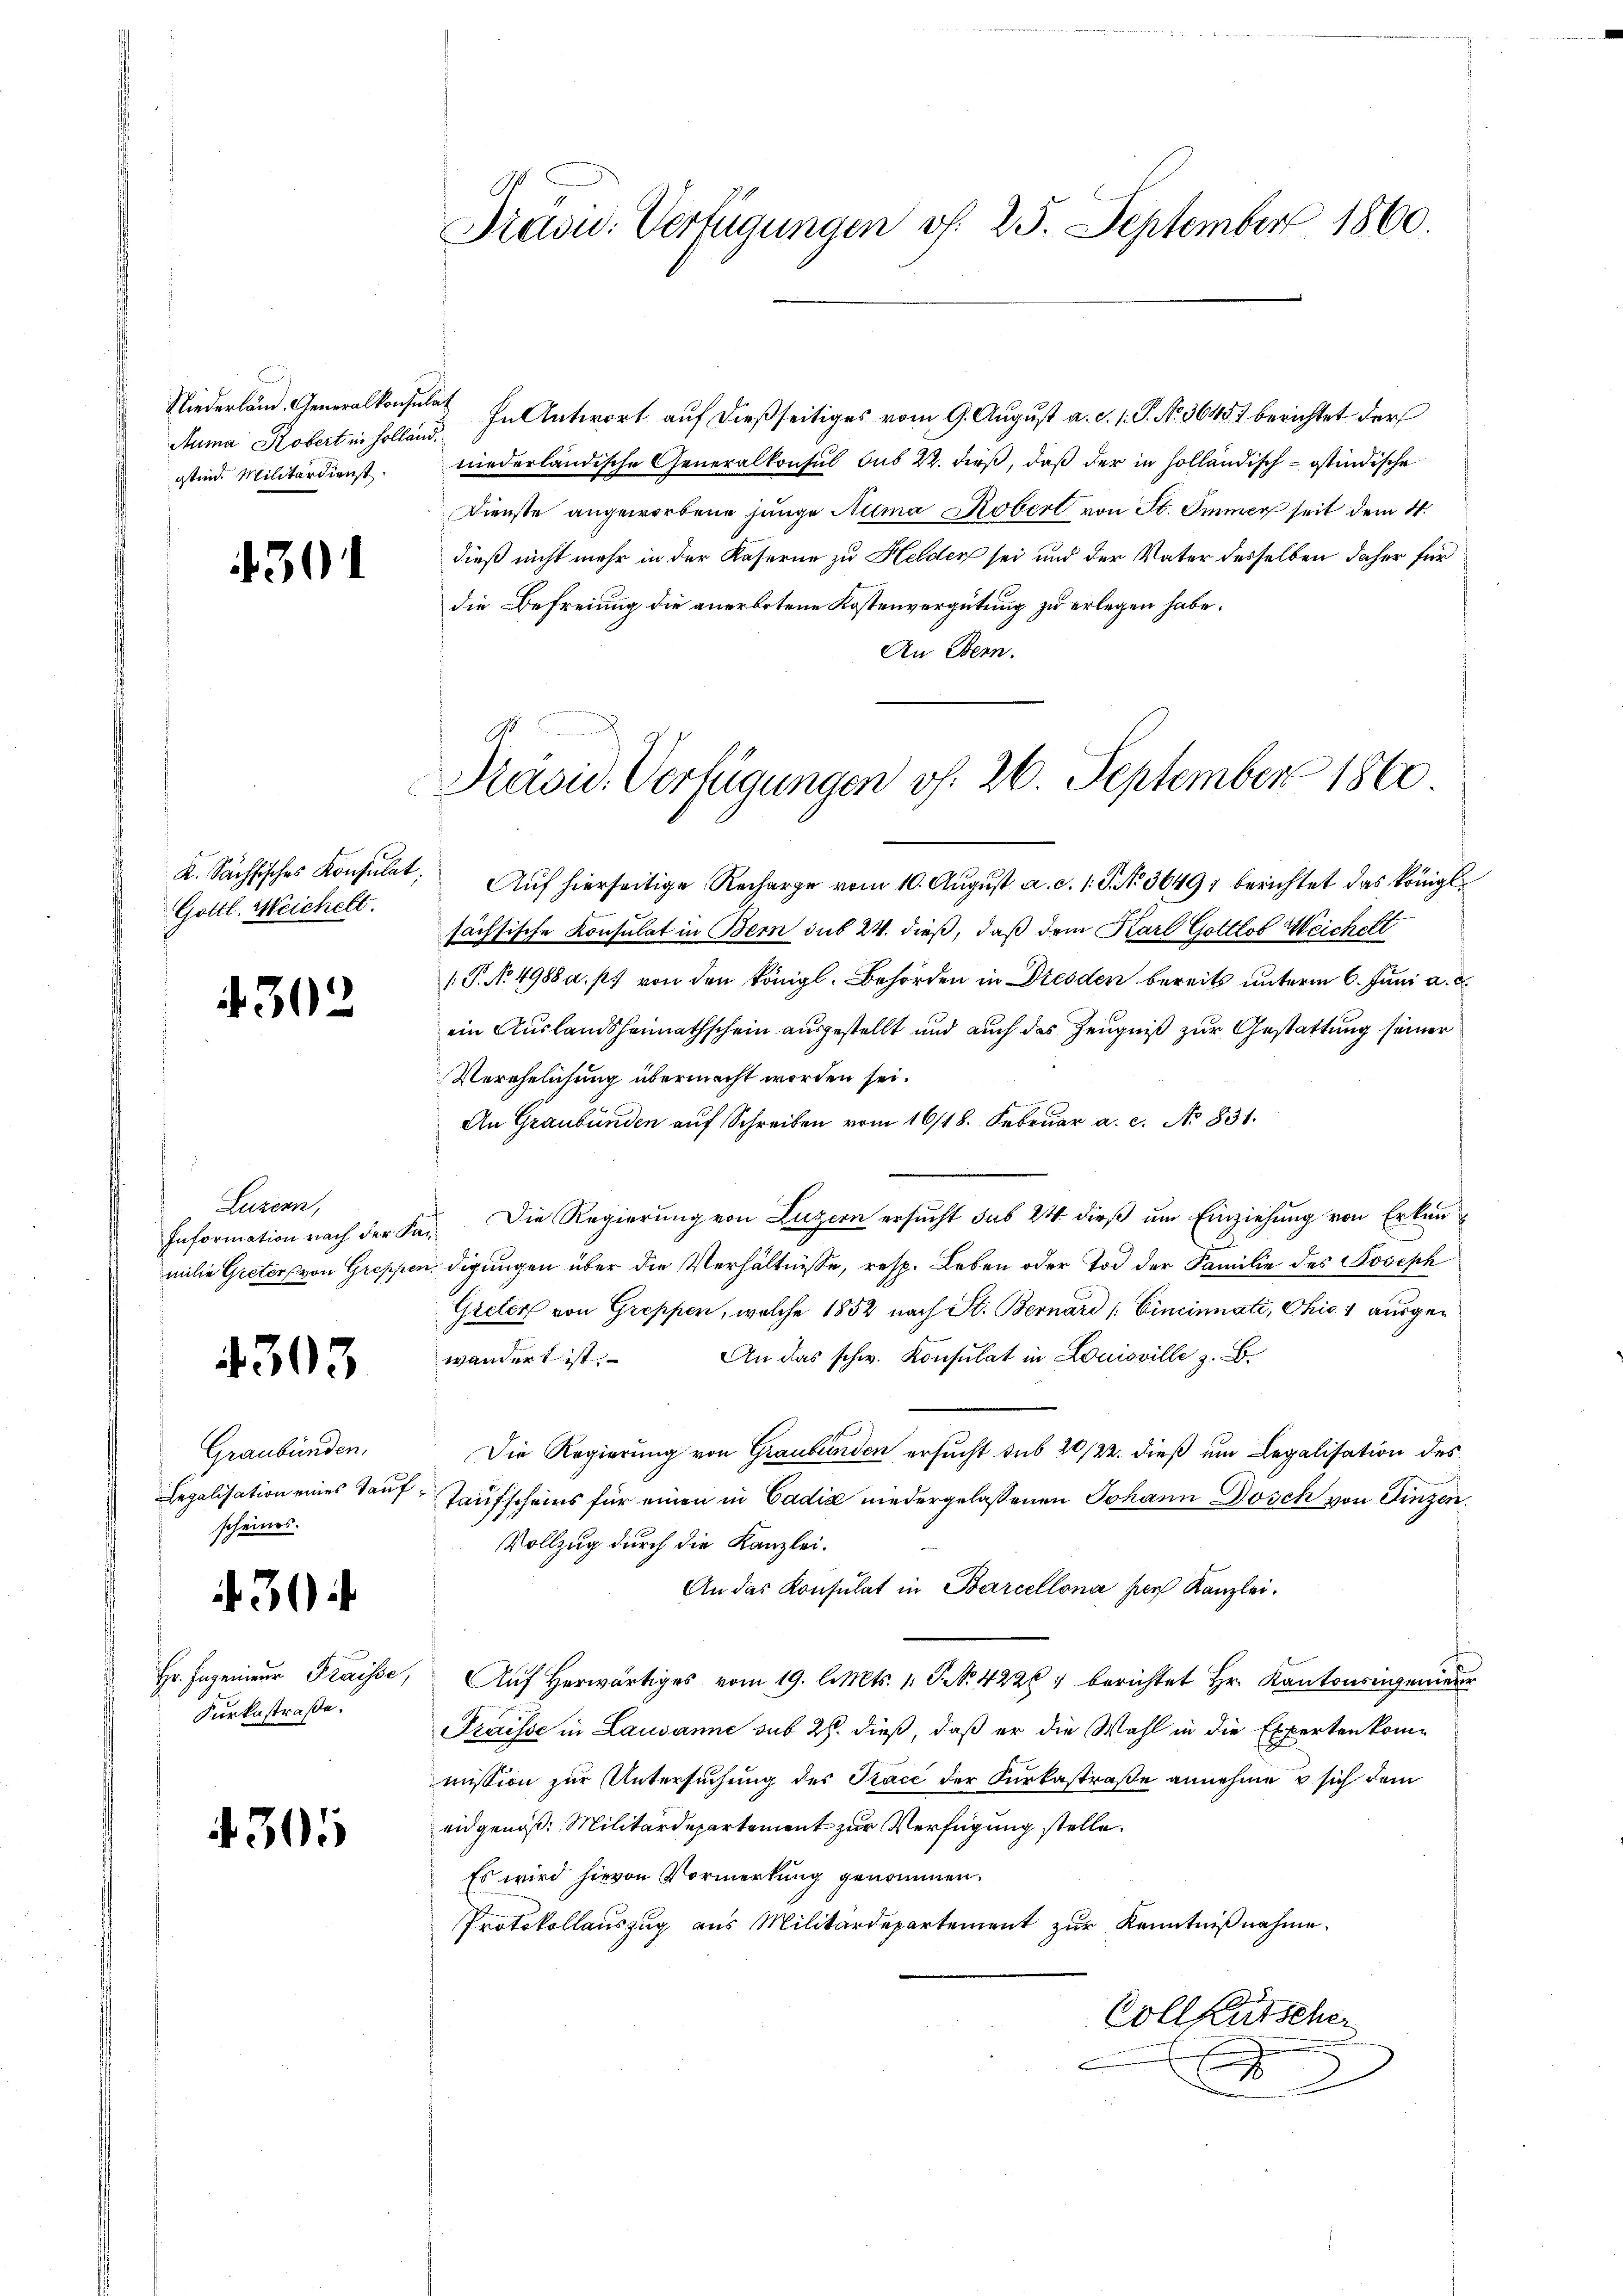
Niederland. Generalkonsul
Auma Kobert in Holland,
gtind. Militärdienst.

30

K. Sachsisches Konsulat,
Gottl. Weichelt.

4302

Luzern,
Information nach der Ka
milie Greters von Greppe

4303

Graubünden,
Legalisation eines Tauscheines.

430

Hr. Ingenieur Fraisse,
Kurkostraße.

305

Präsu. Verfügungen v. 25. September 1860

Präsid. Verfügungen v. 26. September 1860

In Antwort auf dießseitiges vom 9. August a. d. 1. P. No. 3645 berichtet der
niederländische Generalkonsul sub 22. dieß, daß der in holländisch-östindische
Dienste angeworbene junge Numa Robert von St. Immer seit dem N.
dieß nicht mehr in der Kaserne zu Helden sei und der Vater desselben daher für
die Befreiung die anerbotene Kostenvergütung zu erlegen habe.
An Bern.
Aŭf hierseitige Recharge vom 10. Aŭgŭst a. c. 1. P. Nr. 36497 berichtet das Königl.
sächsische Konsulat in Bern sub 24. dieß, daß dem Karl Gottlob Weichelt
/. P. No. 4988 a. p. von den königl. Behörden in Dresden bereits unterm 6. Juni a. c.
ein Auslandsheimathschein ausgestellt und auch das Zeugniß zur Gestattung seiner
Verehelichung übermacht worden sei.
An Graubünden auf Schreiben vom 16/18. Februar a. c. No 831.
Die Regierung von Luzern ersucht sub 24 dieß um Einziehung von Erkunl
digungen über die Verhältnisse, resp. Leben oder Tod der Familie des Joseph
Greter von Greppen, welche 1852 nach St. Bernard [Cincinnati, Chio 1 ausge¬
An das schw. Konsulat in Louisville z. B.
wändert ist.
Die Regierung von Graubünden ersucht sub 20/22. dieß um Legalisation des
Taufscheins für einen in Cadia niedergelassenen Johann Dosch von Dinzen,
Vollzug durch die Kanzlei.
An das Konsulat in Barcellona ser Kanzlei.
Auf herwärtiges vom 19. l. Mts. 1. P. Nr. 42264 berichtet Hr. Kantonengenieur
Fraisse in Lausanne sub 28. dieß, daß er die Wahl in die Experten kommission zur Untersuchung des Trace der Kurkastraße annehme, u sich dem
eidgenoß: Militärdepartement zur Verfügung stelle.
Es wird hievon Vormerkung genommen.
Protokollauszug aus Militärdepartement zur Kenntnißnahme.
Collkutscher
E
2